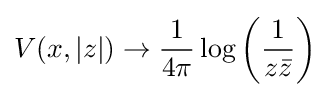
V(x,|z|)\to {\frac {1}{4\pi }}\log \left({\frac {1}{z{\bar {z}}}}\right)